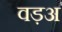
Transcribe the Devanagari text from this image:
वड़अ